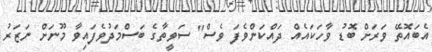
އެބައޮތޭ ވަރަށް ބޮޑު ވާހަކައެއް ދައްކަންވެފަ ވެސް" ސަވީތާގެ ބަސްމަދުވެފައިވާ މޫނަށް ނަޒަރު